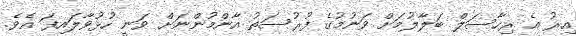
އިރު އެ ރިހާސަލް ބަލާލުމަށް ވަނުމުގެ ފުރުސަތު އާންމުންނަށް ވަނީ ހުޅުވާލައިފަ އެވެ.